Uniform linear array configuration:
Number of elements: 4
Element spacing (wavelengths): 1
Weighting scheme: binomial
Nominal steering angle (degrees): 30
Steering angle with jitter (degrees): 30.548
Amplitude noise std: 0.05
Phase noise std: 0.05

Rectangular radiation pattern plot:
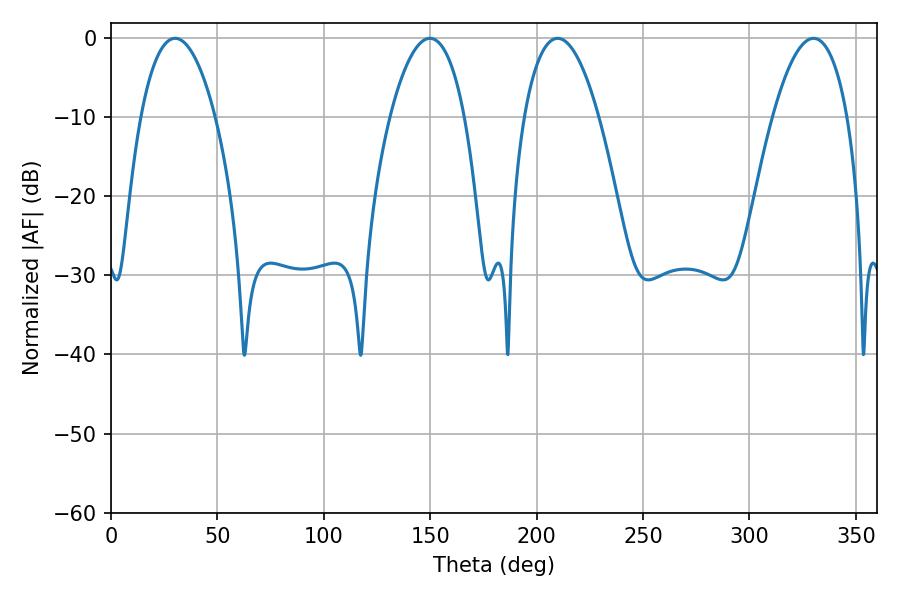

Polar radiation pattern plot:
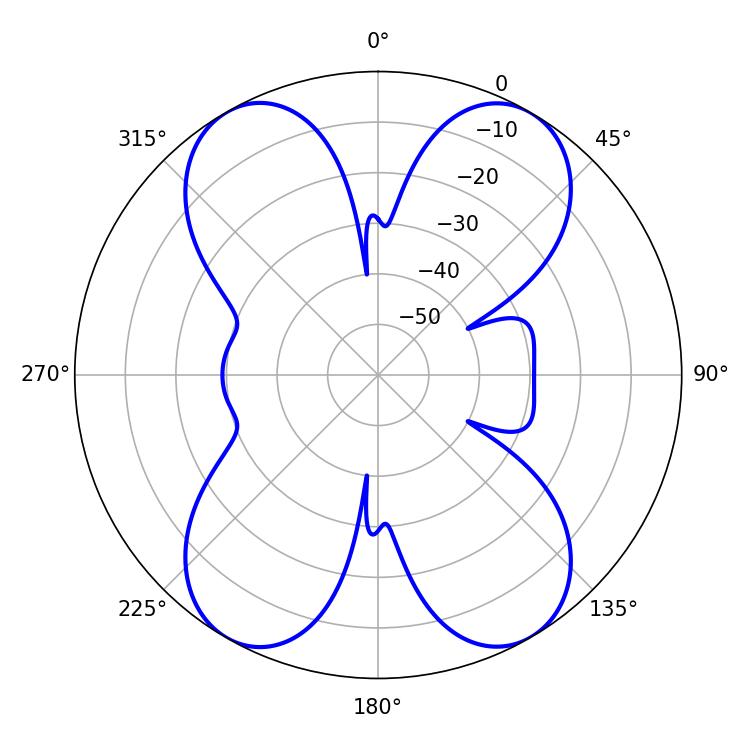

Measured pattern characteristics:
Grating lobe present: TRUE
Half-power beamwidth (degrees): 19.44
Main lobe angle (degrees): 209.88